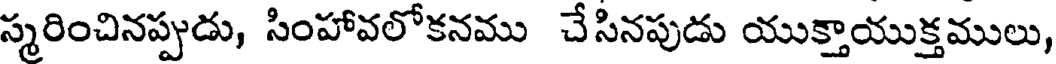
స్మరించినప్పుడు, సింహావలోకనము చేసినపుడు యుక్తాయుక్తములు,